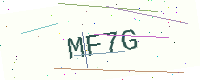
Text: MF7G